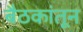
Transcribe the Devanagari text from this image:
बैठकांतून